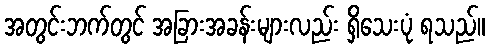
အတွင်းဘက်တွင် အခြားအခန်းများလည်း ရှိသေးပုံ ရသည်။